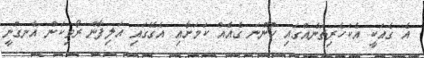
އެ ގެއަކީ އެކަހެރިތަނެއްގައި ހުންނަ ގެއެއް ކަމަށާއި އެގޭގައި އަލިފާން ރޯވިކަން އެނގުނީ